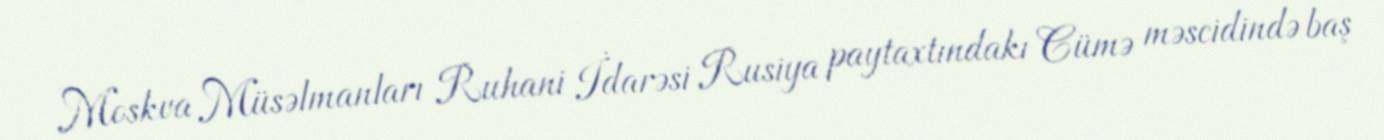
Moskva Müsəlmanları Ruhani İdarəsi Rusiya paytaxtındakı Cümə məscidində baş